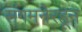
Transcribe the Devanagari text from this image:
संगमनेरहून